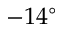
- 1 4 ^ { \circ }